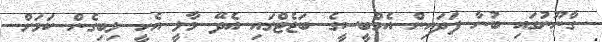
ގާނޫނުގައި ބުނާ ފަދައިން އެމްބީސީގެ ބަޖެޓްގައި އެދޭ މާލީ އެހީ ލިބިގެން ކަމަށް